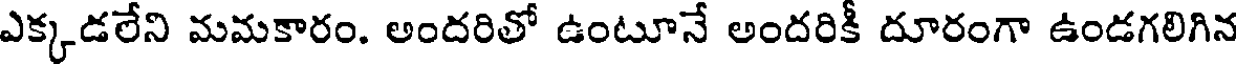
ఎక్కడలేని మమకారం. అందరితో ఉంటూనే అందరికీ దూరంగా ఉండగలిగిన